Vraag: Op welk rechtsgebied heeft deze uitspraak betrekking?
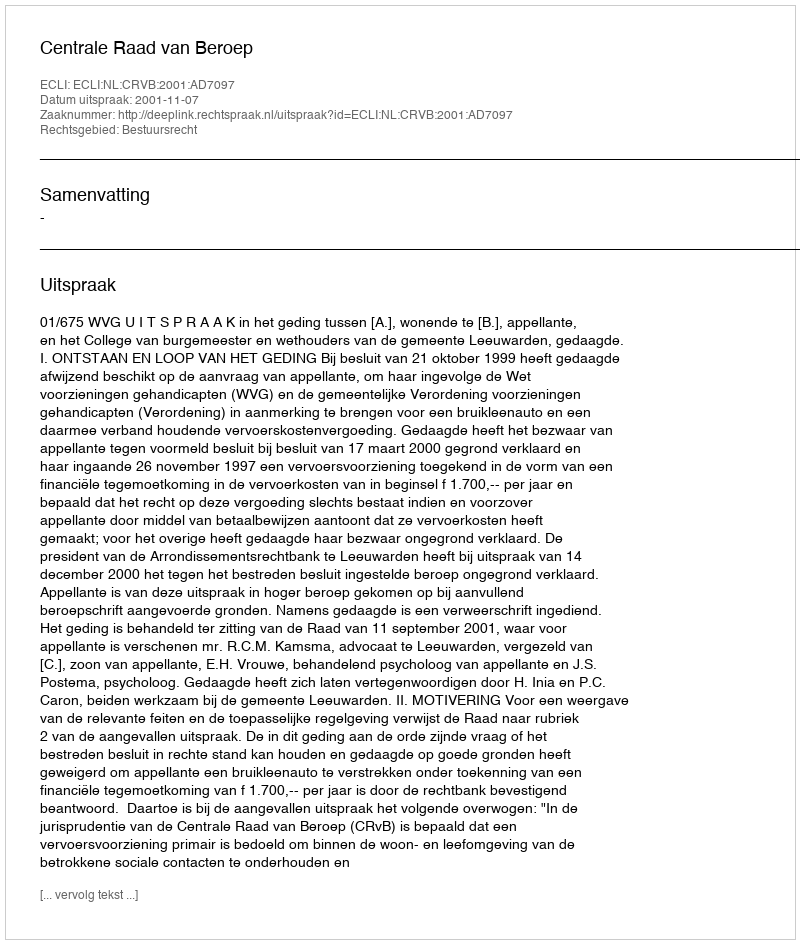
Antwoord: Bestuursrecht